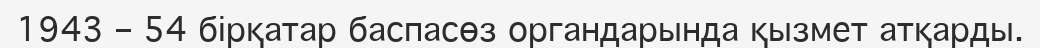
1943 – 54 бірқатар баспасөз органдарында қызмет атқарды.